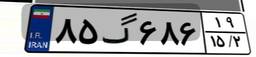
۱۷گ۶۰۹۸۰